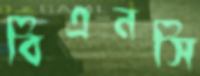
বিএনসি